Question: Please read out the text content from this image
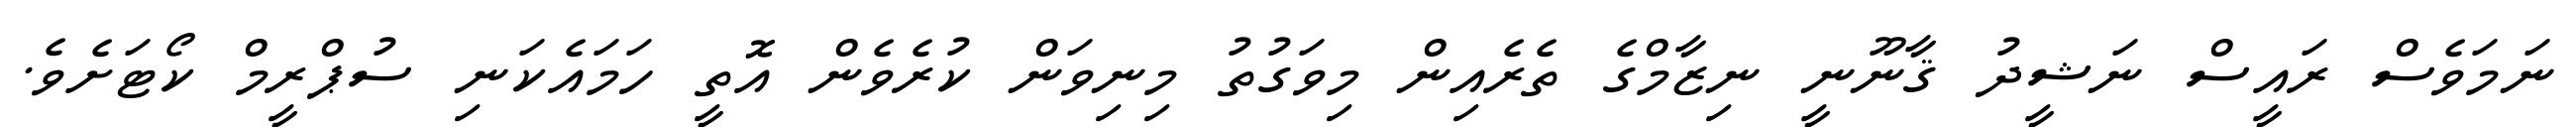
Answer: ނަމަވެސް ރައީސް ނަޝީދު ޤާނޫނީ ނިޒާމްގެ ތެރެއިން މިވަގުތު މިނިވަން ކުރެވެން އޮތީ ހަމައެކަނި ސުޕްރީމް ކޯޓަށެވެ.